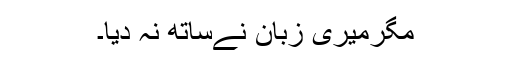
مگرمیری زبان نےساتھ نہ دیا۔